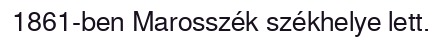
1861-ben Marosszék székhelye lett.